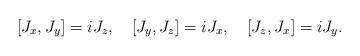
LaTeX: \begin{align*}[J_x, J_y] = iJ_z,\quad [J_y, J_z] = iJ_x,\quad [J_z, J_x] = iJ_y.\end{align*}